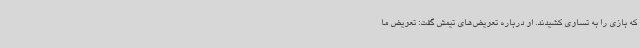
که بازی را به تساوی کشیدند. او درباره تعویض‌های تیمش گفت: تعویض ما